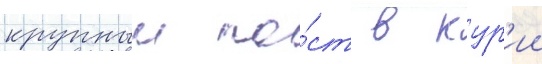
крупныи по́ст в кур'ии